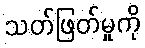
သတ်ဖြတ်မှုကို